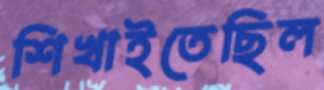
শিখাইতেছিল